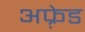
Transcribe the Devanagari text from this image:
अफ़्रेड